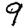
Digit: 9